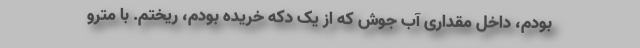
بودم، داخل مقداری آب جوش که از یک دکه خریده بودم، ریختم. با مترو